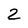
Character: 2